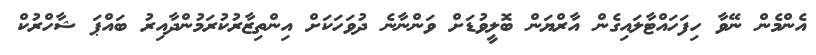
އެންމެން ނޭވާ ހިފަހައްޓާލައިގެން އާރްޔަން ބޮލީވުޑަށް ވަންނާނެ ދުވަހަކަށް އިންތިޒާރުކުރަމުންދާއިރު ބައްޕަ ޝާހްރުކް